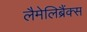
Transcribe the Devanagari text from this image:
लैमेलिब्रैंक्स